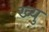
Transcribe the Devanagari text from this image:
ख्यु